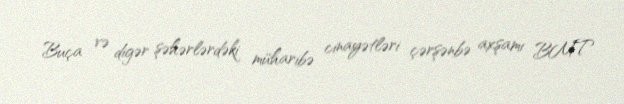
Buça və digər şəhərlərdəki müharibə cinayətləri çərşənbə axşamı BMT